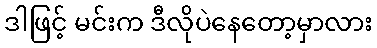
ဒါဖြင့် မင်းက ဒီလိုပဲနေတော့မှာလား